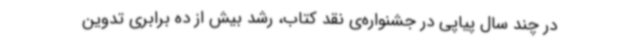
در چند سال پیاپی در جشنواره‌ی نقد کتاب، رشد بیش از ده برابری تدوین